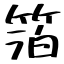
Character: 箔